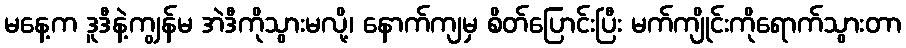
မနေ့က ဒူဒီနဲ့ကျွန်မ အဲဒီကိုသွားမလို့၊ နောက်ကျမှ စိတ်ပြောင်းပြီး မက်ကျိုင်းကိုရောက်သွားတာ